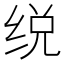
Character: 䌼